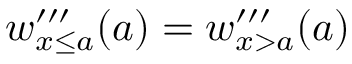
w _ { x \leq a } ^ { \prime \prime \prime } ( a ) = w _ { x > a } ^ { \prime \prime \prime } ( a )